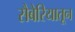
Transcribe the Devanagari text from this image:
सैबेरियातून